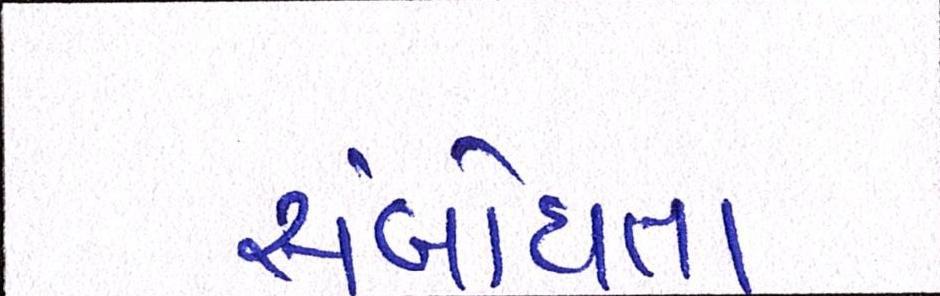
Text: સંબોધતા